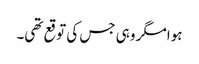
ہوا مگر وہی جس کی توقع تھی۔